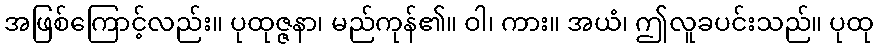
အဖြစ်ကြောင့်လည်း။ ပုထုဇ္ဇနာ၊ မည်ကုန်၏။ ဝါ၊ ကား။ အယံ၊ ဤလူခပင်းသည်။ ပုထု